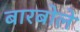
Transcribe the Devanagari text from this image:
बारबोले